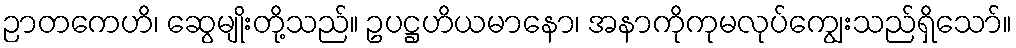
ဉာတကေဟိ၊ ဆွေမျိုးတို့သည်။ ဥပဋ္ဌဟိယမာနော၊ အနာကိုကုမလုပ်ကျွေးသည်ရှိသော်။